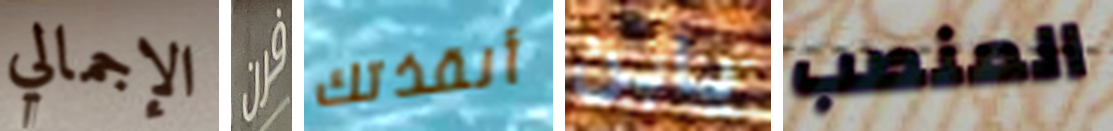
الإجمالي فرن أنقذتك يابن المنصب